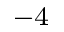
^ { - 4 }